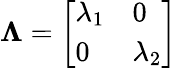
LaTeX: \boldsymbol{\Lambda}=\left[\begin{array}{ll}{\lambda_{1}}&{0}\\ {0}&{\lambda_{2}}\end{array}\right]